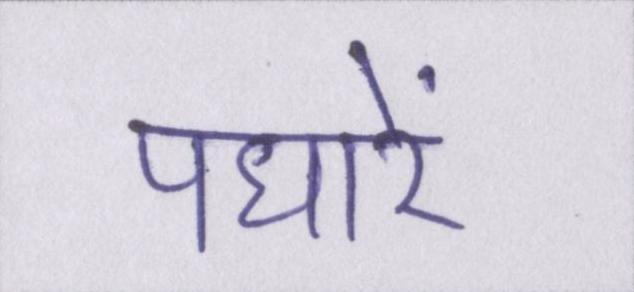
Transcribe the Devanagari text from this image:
पधारें